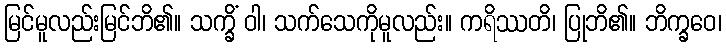
မြင်မူလည်းမြင်ဘိ၏။ သက္ခိံ ဝါ၊ သက်သေကိုမူလည်း။ ကရိဿတိ၊ ပြုဘိ၏။ ဘိက္ခဝေ၊